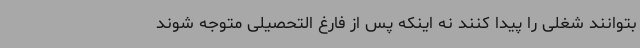
بتوانند شغلی را پیدا کنند نه اینکه پس از فارغ التحصیلی متوجه شوند